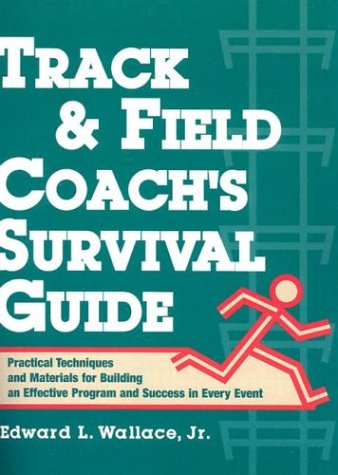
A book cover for Track & Field Coach's Survival Guide: Practical Techniques and Materials for Building an Effective Program and Success in Every Event; Edward L., Jr. Wallace; Sports & Outdoors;